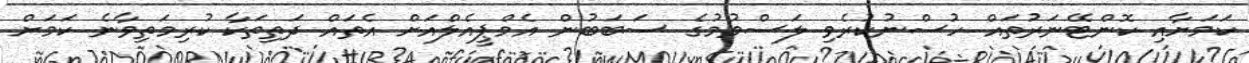
ކަމަށާއި ކޮންޓޭނަރުތައް ހުސްނުކުރެވި ލަސްވުމުގެ ސަބަބުން އެމްޕީއެލްއަށް އެތައް ދަތިތަކާ ކުރިމަތިވާނެ ކަމަށް